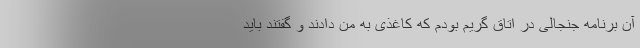
آن برنامه جنجالی در اتاق گریم بودم که کاغذی به من دادند و گفتند باید